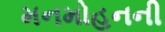
મનમોહનની